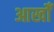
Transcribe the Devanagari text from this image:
आखोँ